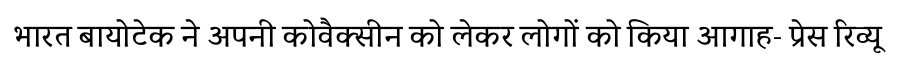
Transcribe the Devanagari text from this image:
भारत बायोटेक ने अपनी कोवैक्सीन को लेकर लोगों को किया आगाह- प्रेस रिव्यू